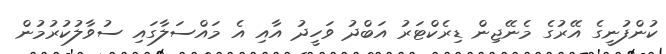
ކުންފުނީގެ އޭރުގެ މެނޭޖިން ޑިރެކްޓަރު އަބްދު ވަހީދު އާއި އެ މައްސަލާގައި ސުވާލުކުރުމުން